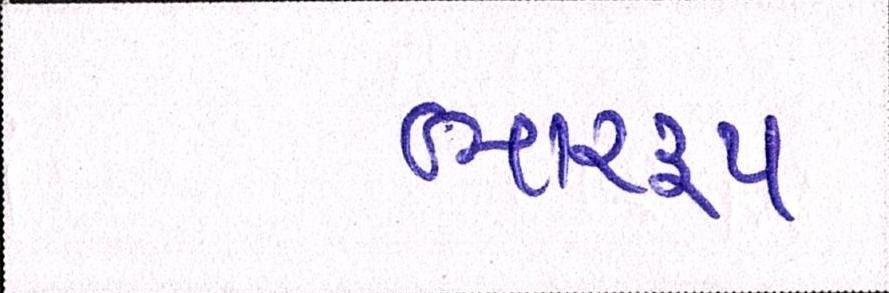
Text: ભારરૂપ